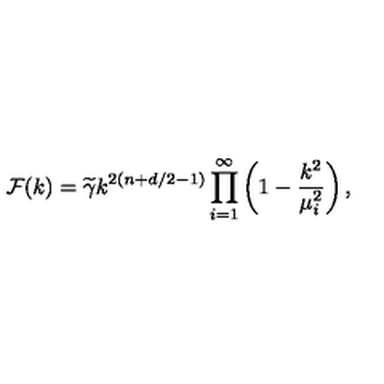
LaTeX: { \cal F } ( k ) = { \widetilde \gamma } k ^ { 2 ( n + d / 2 - 1 ) } \prod _ { i = 1 } ^ { \infty } \left( 1 - { \frac { k ^ { 2 } } { \mu _ { i } ^ { 2 } } } \right) ,